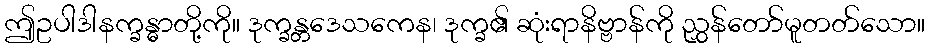
ဤဥပါဒါနက္ခန္ဓာတို့ကို။ ဒုက္ခန္တဒေသကေန၊ ဒုက္ခ၏ ဆုံးရာနိဗ္ဗာန်ကို ညွှန်တော်မူတတ်သော။